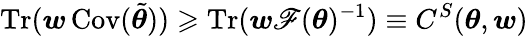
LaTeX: \operatorname{Tr}(\boldsymbol{w}\operatorname{Cov}(\tilde{\boldsymbol{\theta}}))\geqslant\operatorname{Tr}(\boldsymbol{w}\mathscr{F}(\boldsymbol{\theta})^{-1})\equiv C^{S}(\boldsymbol{\theta},\boldsymbol{w})